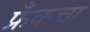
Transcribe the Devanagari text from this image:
फ्रँकचा